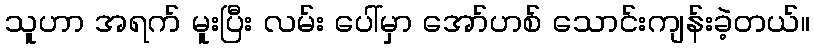
သူဟာ အရက် မူးပြီး လမ်း ပေါ်မှာ အော်ဟစ် သောင်းကျန်းခဲ့တယ်။